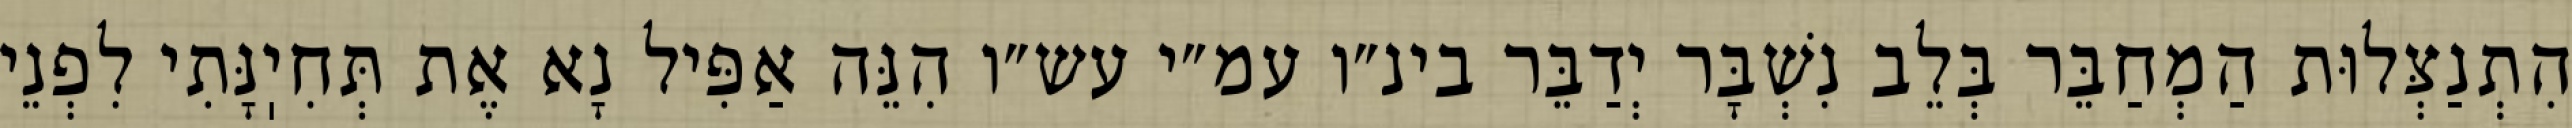
הִתְנַצְּלוּת הַמְחַבֵּר בְּלֵב נִשְׁבָּר יְדַבֵּר בינ״ו עמ״י עש״ו הִנֵּה אַפִּיל נָא אֶת תְּחִיֽנָּתִי לִפְנֵי